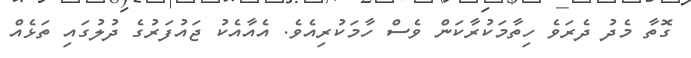
ގޮތާ މެދު ދެރަވެ ހިތާމަކުރާކަން ވެސް ހާމަކުރިއެވެ. އެއާއެކު ޖައުފަރުގެ ދުލުގައި ތަޅެއް